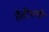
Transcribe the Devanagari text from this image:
तैतीसवीं